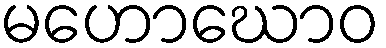
မဟောဃောဝ